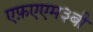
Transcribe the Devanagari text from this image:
एफ़एएम३बी